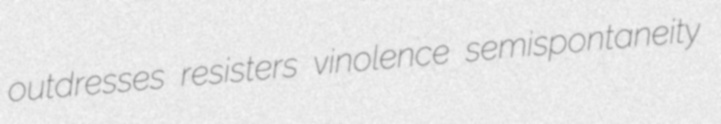
outdresses resisters vinolence semispontaneity